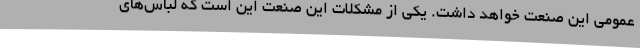
عمومی این صنعت خواهد داشت. یکی از مشکلات این صنعت این است که لباس‌های